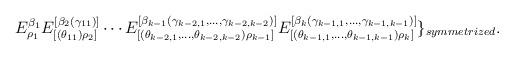
LaTeX: \begin{align*}E_{\rho_{1}}^{\beta_{1}}E_{[(\theta_{11})\rho_{2}]}^{[\beta_{2}(\gamma_{11})]}\cdots E_{[(\theta_{k-2,1},\ldots,\theta_{k-2,k-2})\rho_{k-1}]}^{[\beta_{k-1}(\gamma_{k-2,1},\ldots,\gamma_{k-2,k-2})]}E_{[(\theta_{k-1,1},\ldots,\theta_{k-1,k-1})\rho_{k}]}^{[\beta_{k}(\gamma_{k-1,1},\ldots,\gamma_{k-1,k-1})]}\}_{symmetrized}.\end{align*}